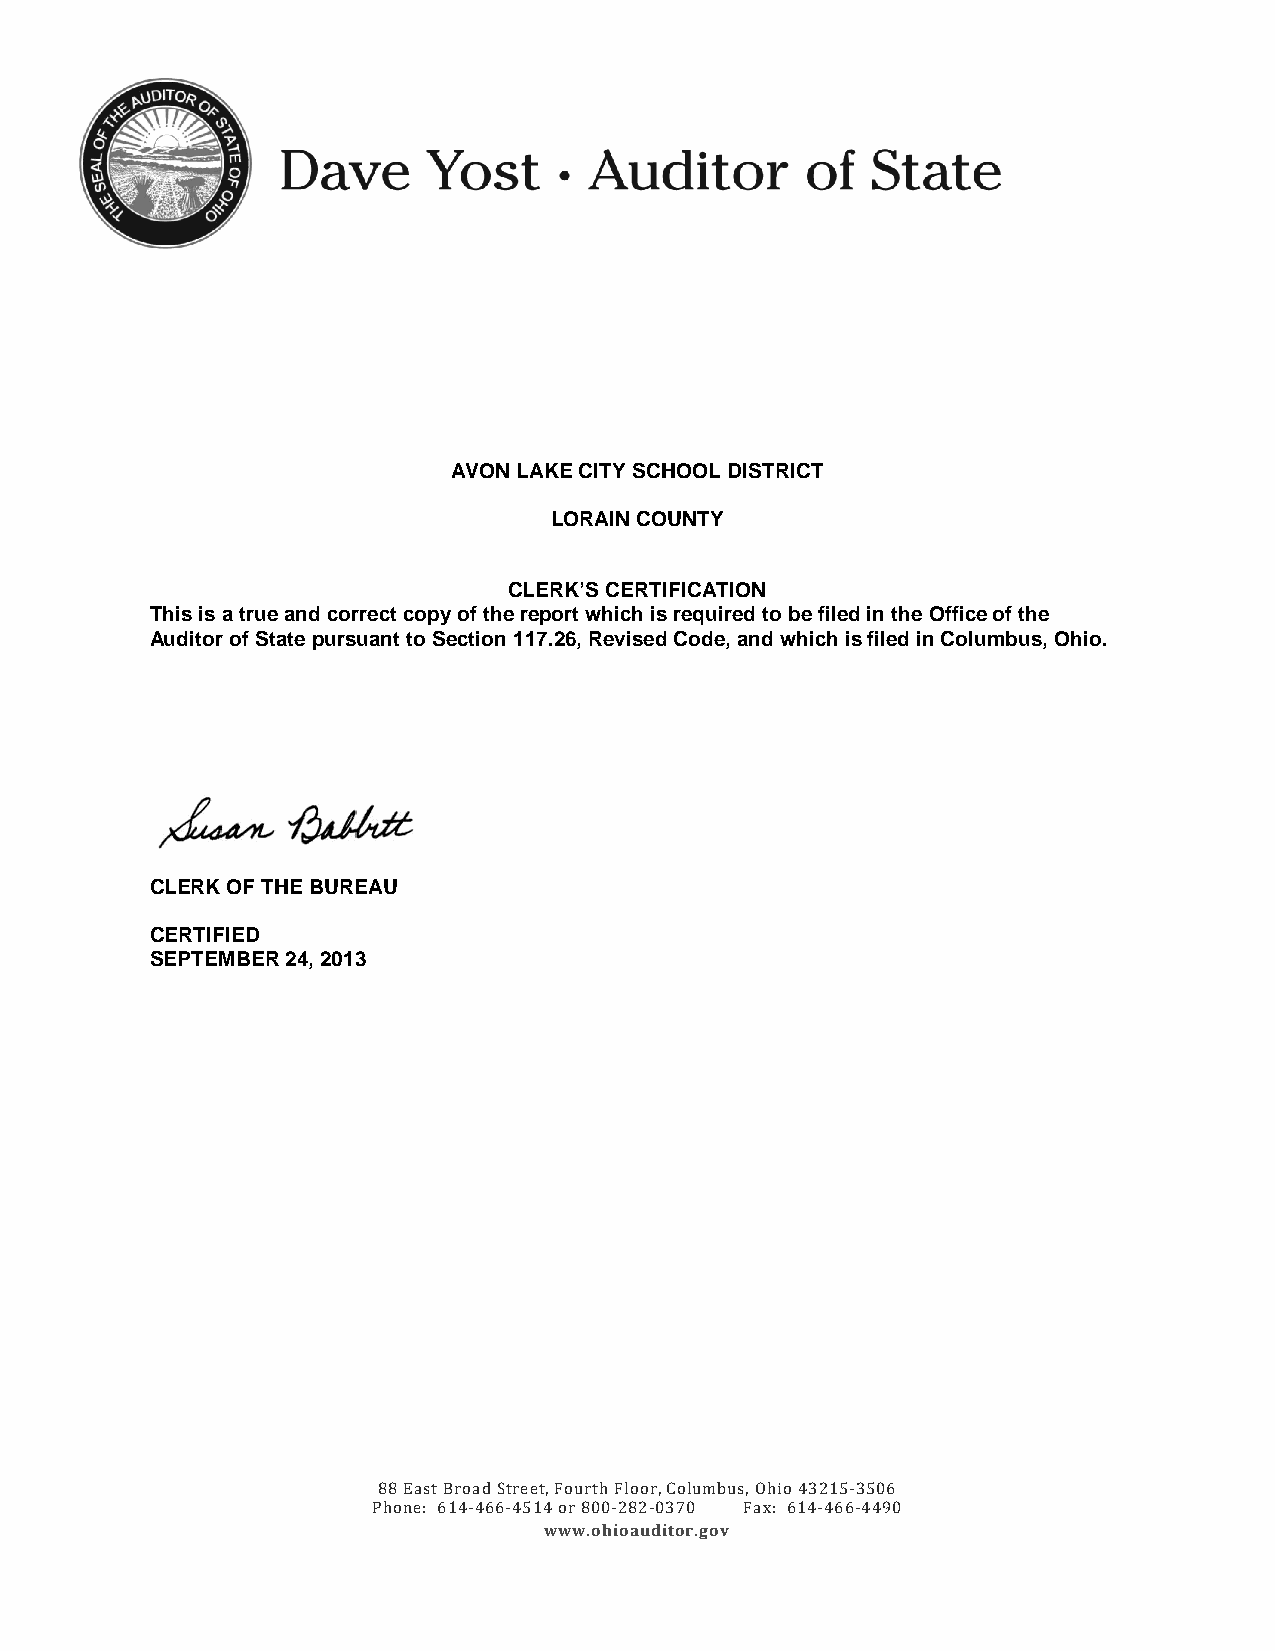
AVON LAKE CITY SCHOOL DISTRICT
 LORAIN COUNTY
 CLERK’S CERTIFICATION
 This is a true and correct copy of the report which is required to be filed in the Office of the
 Auditor of State pursuant to Section 117.26, Revised Code, and which is filed in Columbus, Ohio.
 CLERK OF THE BUREAU
 CERTIFIED
 SEPTEMBER 24, 2013
 88 East Broad Streetw, Fwowur.othh iFoloaourd, iCtoorlu.gmobvus, Ohio 43215-3506
 Phone: 614-466-4514 or 800-282-0370 Fax: 614-466-4490